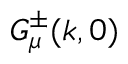
G _ { \mu } ^ { \pm } ( k , 0 )